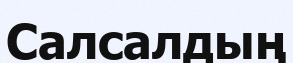
Салсалдың